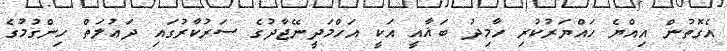
އެގޮތުން އިއްޔެ ހައްޔަރުކުރި ހާމިދު ބަޣާއީ އަކީ އަހްމަދީނޭޖާދުގެ ސަރުކާރުގައި ދަޢުލަތް ހިންގުމުގެ